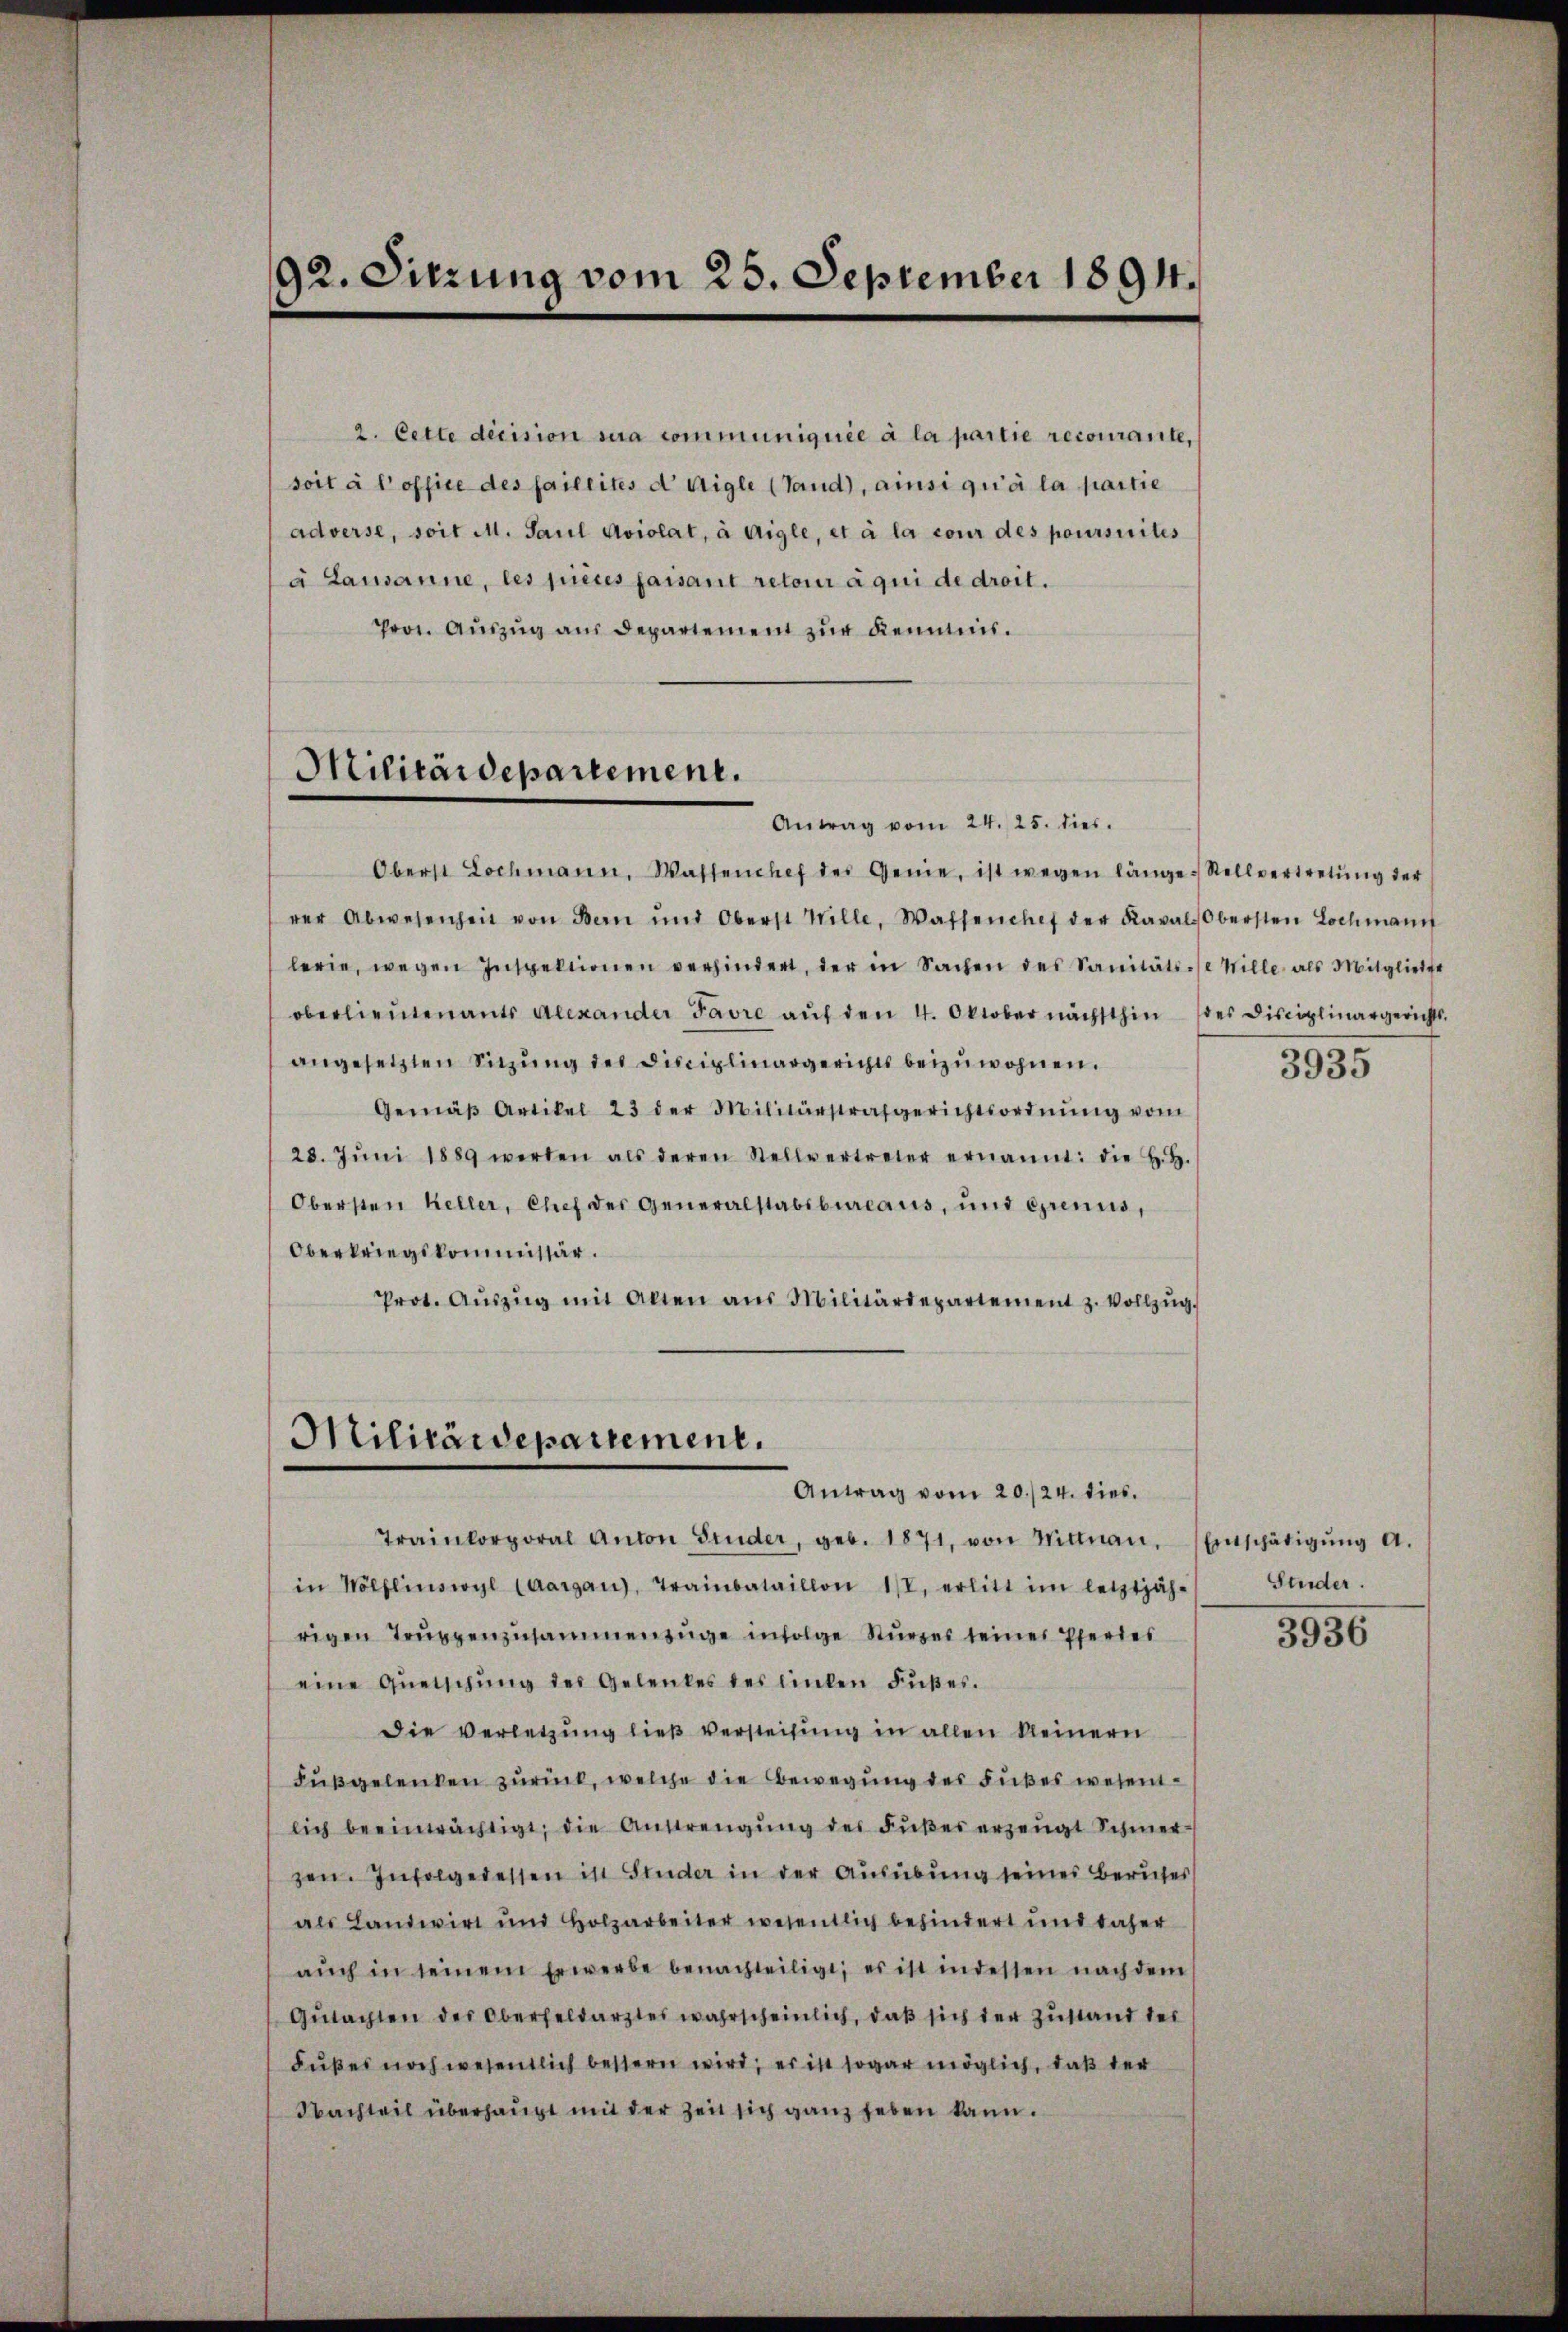
adverse, soit M. Paul Aviolat, à Aigle, et à la cour des poursuites
à Lausanne, les pièces faisant retoir à qui de droit.
Prot. Aŭszŭg aŭs Departement zŭr Kenntnis.

92. Sitzung vom 25. September 1894.

2. Cette decision sera communiquée à la partie recourante,
soit à l’office des faillités d Aigle (Tand), ainsi qu’à la partie

Militärdepartement.
Antrag vom 24. 25. dies

Oberst Lochmann, Wassenchef des Genie, ist wegen länge Stellvertretŭng der
rer Abwesenheit von Bern und Oberst Wille, Wassenchef der Kaval-Obersten Lochmann
lerie, wegen Inspektionen verhindert, der in Sachen des Sanitäts-/e Wille als Mitgliede
oberlieutenants Alexander Favre auf den 4. Oktober nächsthin des Disciplinargerichts.
angesetzten Sitzŭng des Disciplinargerichts beizuwohnen.
Gemäβ Artikel 23 der Militärstrafgerichtsordnŭng vom
28. Jŭni 1889 werden als deren Stellvertreter ernannt: die H. H.
Obersten Keller, Chef der Generalstabsbureaus, und Grenius,
Oberkriegskommissär.
Prot. Aŭszŭg mit Alten aŭs Militärdepartement z. Vollzŭg.

Militärdepartement.
Antrag vom 20./24. dies

Trainkorporal Anton Bruder, geb. 1871, von Mittnau,
in Wölflinswyl (Aargau), Trainbataillon III, erlitt im letztjäh- Studer.
rigen Trŭppenzusammenzüge infolge Sturzes seines Pferdes
eine Quetschŭng des Gelenkes des linken Fußes.
Die Verletzŭng ließ versteilŭng in allen kleinern
Fußgelenken zurück, welche die Bewegung des Fußes wesentlich beeinträchtigt, die Anstrengŭng des Bŭβes erzeugt Schmerzen. Infolgeressen ist Studer in der Ausübung seines Berufes
als Landwirt und Holzarbeiter wesentlich behindert und daher
aŭch in seinem Erwerbe benachteiligt, es ist indessen nach dem
Gŭtachten des Oberfeldarztes wahrscheinlich, daβ sich der Zŭstand der
Fußes noch wesentlich bessern wird; es ist sogar möglich, daß der
Nachteil überhaupt mit der Zeit sich ganz heben kann.

3935

Entschätigung a.
3936